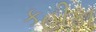
કહીફા